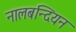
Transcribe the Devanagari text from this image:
नालबन्दियन